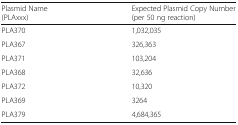
<table><thead><tr><td><b>Plasmid Name (PLAxxx)</b></td><td><b>Expected Plasmid Copy Number (per 50 ng reaction)</b></td></tr></thead><tbody><tr><td>PLA370</td><td>1,032,035</td></tr><tr><td>PLA367</td><td>326,363</td></tr><tr><td>PLA371</td><td>103,204</td></tr><tr><td>PLA368</td><td>32,636</td></tr><tr><td>PLA372</td><td>10,320</td></tr><tr><td>PLA369</td><td>3264</td></tr><tr><td>PLA379</td><td>4,684,365</td></tr></tbody></table>